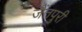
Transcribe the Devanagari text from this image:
जैंतपुरी